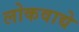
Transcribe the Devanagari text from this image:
लोकवाद्ये